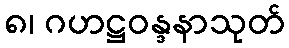
၈၊ ဂဟဋ္ဌဝန္ဒနာသုတ်